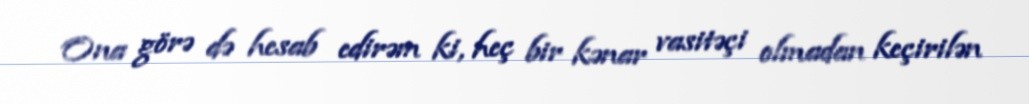
Ona görə də hesab edirəm ki, heç bir kənar vasitəçi olmadan keçirilən